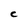
Character: C